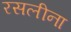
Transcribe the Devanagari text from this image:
रसलीना